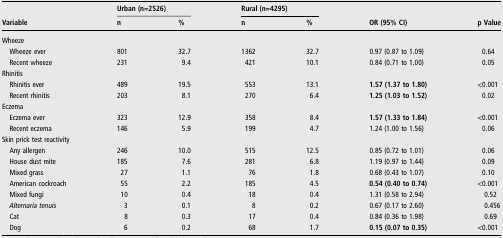
<table><thead><tr><td rowspan="2"><b>Variable</b></td><td colspan="2"><b>Urban (n=2526)</b></td><td colspan="2"><b>Rural (n=4295)</b></td><td rowspan="2"><b>OR (95% CI)</b></td><td rowspan="2"><b>p Value</b></td></tr><tr><td><b>n</b></td><td><b>%</b></td><td><b>n</b></td><td><b>%</b></td></tr></thead><tbody><tr><td colspan="7">Wheeze</td></tr><tr><td> Wheeze ever</td><td>801</td><td>32.7</td><td>1362</td><td>32.7</td><td>0.97 (0.87 to 1.09)</td><td>0.64</td></tr><tr><td> Recent wheeze</td><td>231</td><td>9.4</td><td>421</td><td>10.1</td><td>0.84 (0.71 to 1.00)</td><td>0.05</td></tr><tr><td colspan="7">Rhinitis</td></tr><tr><td> Rhinitis ever</td><td>489</td><td>19.5</td><td>553</td><td>13.1</td><td><b>1.57 (1.37 to 1.80)</b></td><td>&lt;0.001</td></tr><tr><td> Recent rhinitis</td><td>203</td><td>8.1</td><td>270</td><td>6.4</td><td><b>1.25 (1.03 to 1.52)</b></td><td>0.02</td></tr><tr><td colspan="7">Eczema</td></tr><tr><td> Eczema ever</td><td>323</td><td>12.9</td><td>358</td><td>8.4</td><td><b>1.57 (1.33 to 1.84)</b></td><td>&lt;0.001</td></tr><tr><td> Recent eczema</td><td>146</td><td>5.9</td><td>199</td><td>4.7</td><td>1.24 (1.00 to 1.56)</td><td>0.06</td></tr><tr><td colspan="7">Skin prick test reactivity</td></tr><tr><td> Any allergen</td><td>246</td><td>10.0</td><td>515</td><td>12.5</td><td>0.85 (0.72 to 1.01)</td><td>0.06</td></tr><tr><td> House dust mite</td><td>185</td><td>7.6</td><td>281</td><td>6.8</td><td>1.19 (0.97 to 1.44)</td><td>0.09</td></tr><tr><td> Mixed grass</td><td>27</td><td>1.1</td><td>76</td><td>1.8</td><td>0.68 (0.43 to 1.07)</td><td>0.10</td></tr><tr><td> American cockroach</td><td>55</td><td>2.2</td><td>185</td><td>4.5</td><td><b>0.54 (0.40 to 0.74)</b></td><td>&lt;0.001</td></tr><tr><td> Mixed fungi</td><td>10</td><td>0.4</td><td>18</td><td>0.4</td><td>1.31 (0.58 to 2.94)</td><td> 0.52</td></tr><tr><td> <i>Alternaria tenuis</i></td><td>3</td><td>0.1</td><td>8</td><td>0.2</td><td>0.67 (0.17 to 2.60)</td><td> 0.456</td></tr><tr><td> Cat</td><td>8</td><td>0.3</td><td>17</td><td>0.4</td><td>0.84 (0.36 to 1.98)</td><td> 0.69</td></tr><tr><td> Dog</td><td>6</td><td>0.2</td><td>68</td><td>1.7</td><td><b>0.15 (0.07 to 0.35)</b></td><td>&lt;0.001</td></tr></tbody></table>